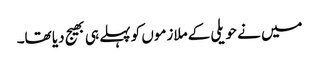
میں نے حویلی کے ملازموں کو پہلے ہی بھیج دیا تھا۔